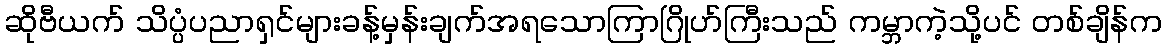
ဆိုဗီယက် သိပ္ပံပညာရှင်များခန့်မှန်းချက်အရသောကြာဂြိုဟ်ကြီးသည် ကမ္ဘာကဲ့သို့ပင် တစ်ချိန်က